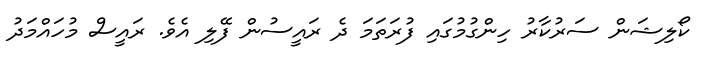
ކޯލިޝަން ސަރުކާރު ހިންގުމުގައި ފުރަތަމަ ދެ ރައީސުން ފޭލި އެވެ. ރައީސް މުހައްމަދު